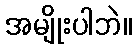
အမျိုးပါဘဲ။